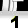
Digit: 1